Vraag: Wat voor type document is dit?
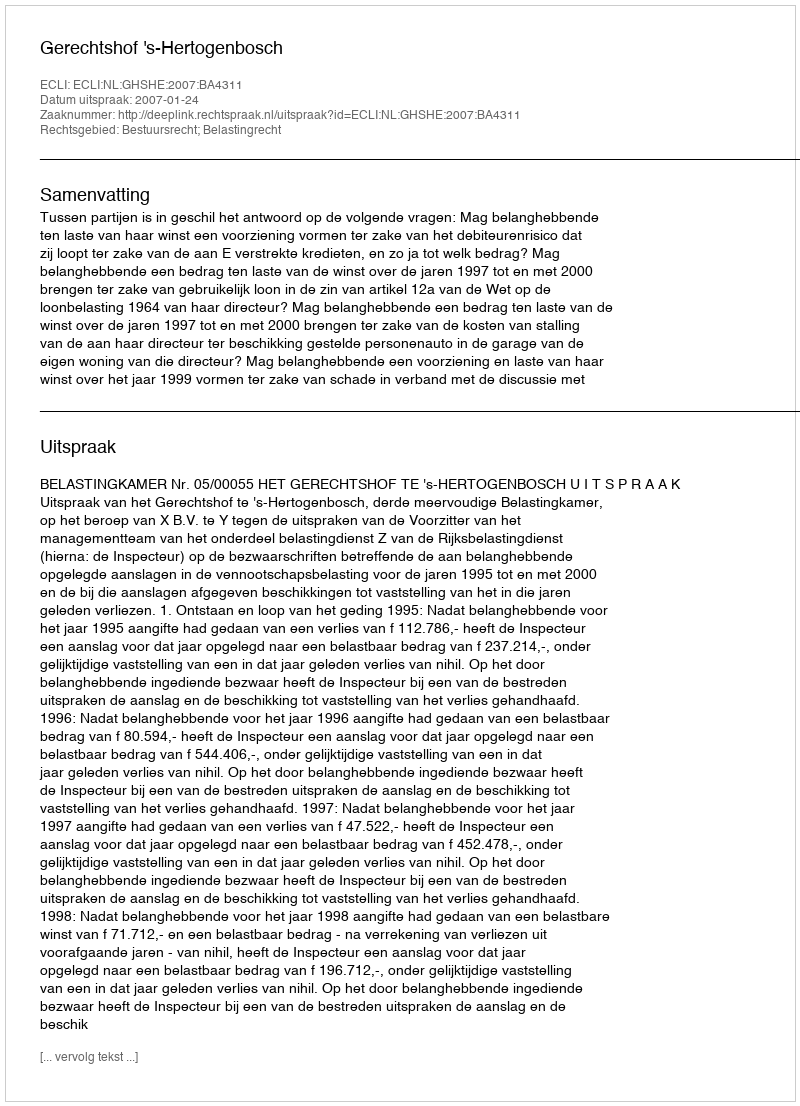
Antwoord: Uitspraak